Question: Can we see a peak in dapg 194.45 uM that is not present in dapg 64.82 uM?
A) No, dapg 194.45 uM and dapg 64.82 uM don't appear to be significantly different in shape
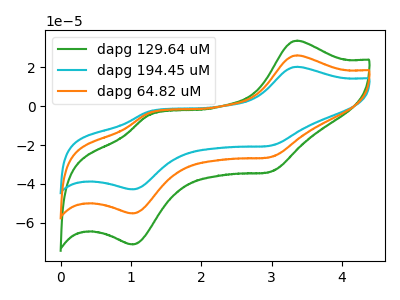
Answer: <think>The green curve "dapg 129.64 uM" has anodic peaks at (3.35V, 33.80uA) (1.25V, -4.55uA) and cathodic peaks at (3.00V, -33.90uA) (1.00V, -71.30uA). The cyan curve "dapg 194.45 uM" has anodic peaks at (3.35V, 52.45uA) (1.25V, -7.05uA) and cathodic peaks at (3.00V, -52.60uA) (1.00V, -110.60uA). The orange curve "dapg 64.82 uM" has anodic peaks at (3.35V, 26.20uA) (1.25V, -3.55uA) and cathodic peaks at (3.00V, -26.30uA) (1.00V, -55.30uA).
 All the peaks in "dapg 194.45 uM" have a peak in "dapg 64.82 uM" at the same potential.</think>
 <answer>A) No, "dapg 194.45 uM" and "dapg 64.82 uM" don't appear to be significantly different in shape</answer>
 <eval>A</eval>